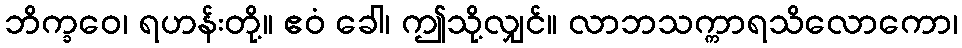
ဘိက္ခဝေ၊ ရဟန်းတို့။ ဧဝံ ခေါ၊ ဤသို့လျှင်။ လာဘသက္ကာရသိလောကော၊